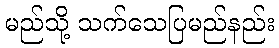
မည်သို့ သက်သေပြမည်နည်း